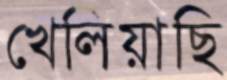
খেলিয়াছি